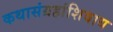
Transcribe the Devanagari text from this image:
कथासंग्रहांशिवाय